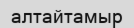
алтайтамыр